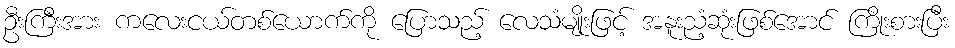
ဦးကြီးအား ကလေးငယ်တစ်ယောက်ကို ပြောသည့် လေသံမျိုးဖြင့် အနူးညံ့ဆုံးဖြစ်အောင် ကြိုးစားပြီး